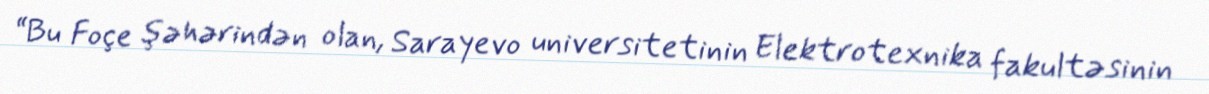
“Bu Foçe şəhərindən olan, Sarayevo universitetinin Elektrotexnika fakultəsinin